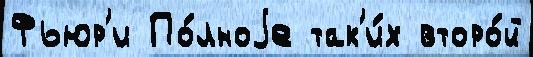
Фьюр'и По́лноjе так'и́х второ́й